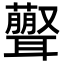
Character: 𦘃